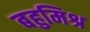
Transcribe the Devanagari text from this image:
बहुमिश्र